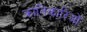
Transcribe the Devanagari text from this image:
क्रांतिकारिओं